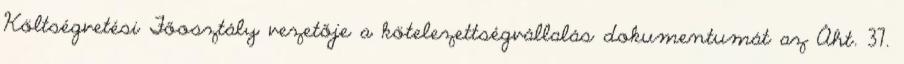
Költségvetési Főosztály vezetője a kötelezettségvállalás dokumentumát az Áht. 37.